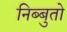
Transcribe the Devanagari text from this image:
निब्बुतो